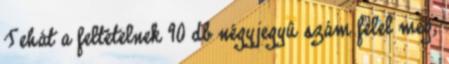
Tehát a feltételnek 90 db négyjegyû szám felel meg,